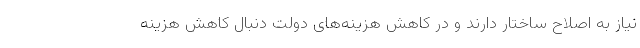
نیاز به اصلاح ساختار دارند و در کاهش هزینه‌های دولت دنبال کاهش هزینه